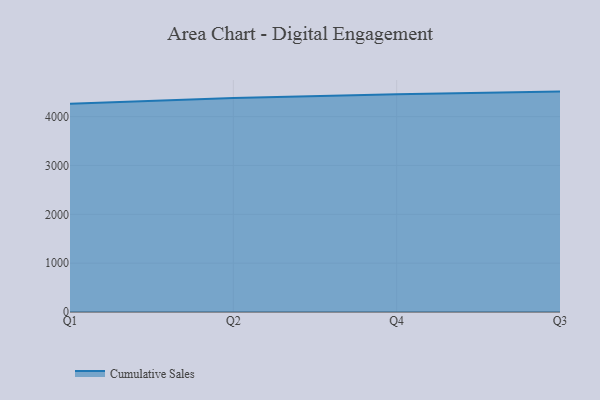
{"axis": {"x": "Quarter", "y": "Tickets Resolved"}, "legend": ["Cumulative Sales"], "data": [{"x": "Q1", "y": 4262.8, "type": "Cumulative Sales"}, {"x": "Q2", "y": 4381.5, "type": "Cumulative Sales"}, {"x": "Q4", "y": 4459.5, "type": "Cumulative Sales"}, {"x": "Q3", "y": 4511.9, "type": "Cumulative Sales"}]}